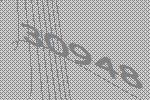
30948